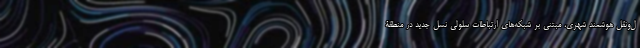
ل‌ونقل هوشمند شهری، مبتنی بر شبکه‌های ارتباطات سلولی نسل جدید در منطقۀ